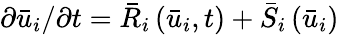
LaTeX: {\partial{{\bar{u}}_{i}}}/{{\partial t}}={{\bar{R}}_{i}}\left({{{\bar{u}}_{i}},t}\right)+{{\bar{S}}_{i}}\left({{{\bar{u}}_{i}}}\right)